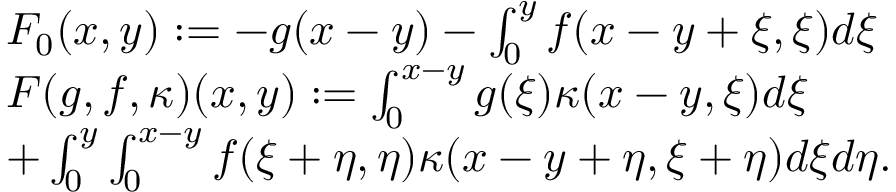
\begin{array} { r l } & { F _ { 0 } ( x , y ) : = - g ( x - y ) - \int _ { 0 } ^ { y } f ( x - y + \xi , \xi ) d \xi } \\ & { F ( g , f , \kappa ) ( x , y ) : = \int _ { 0 } ^ { x - y } g ( \xi ) \kappa ( x - y , \xi ) d \xi } \\ & { + \int _ { 0 } ^ { y } \int _ { 0 } ^ { x - y } f ( \xi + \eta , \eta ) \kappa ( x - y + \eta , \xi + \eta ) d \xi d \eta . } \end{array}